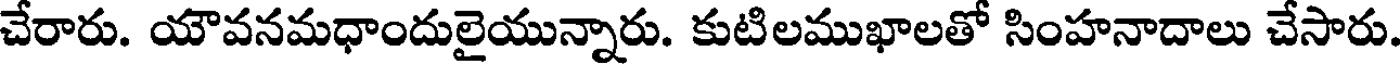
చేరారు. యౌవనమధాందులైయున్నారు. కుటిలముఖాలతో సింహనాదాలు చేసారు.